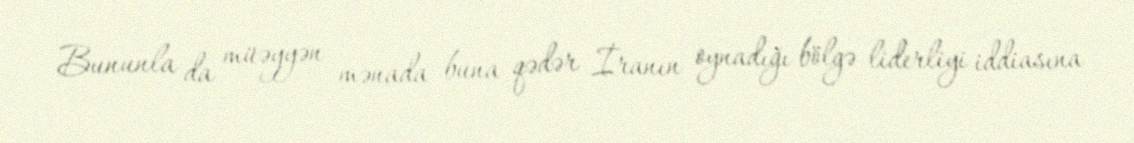
Bununla da müəyyən mənada buna qədər İranın oynadığı bölgə liderliyi iddiasına